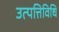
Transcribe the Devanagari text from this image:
उत्पत्तिविधि